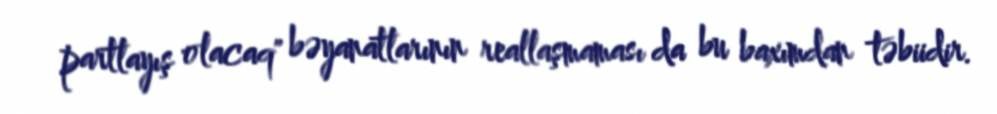
partlayış olacaq" bəyanatlarının reallaşmaması da bu baxımdan təbiidir.